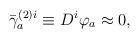
LaTeX: \begin{align*}\bar{\gamma}_{a}^{(2)i}\equiv D^{i}\varphi _{a}\approx 0, \end{align*}